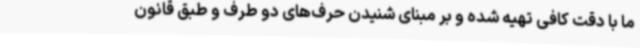
ما با دقت کافی تهیه شده و بر مبنای شنیدن حرف‌های دو طرف و طبق قانون